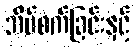
အိပ်စက်ခြင်းနှင့်